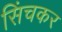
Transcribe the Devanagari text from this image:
सिंचकर